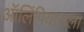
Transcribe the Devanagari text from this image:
ऑलिंपियासला